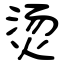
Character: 烫